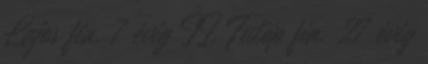
Lajos fia. 7 évig II. Fülöp fia. 27 évig